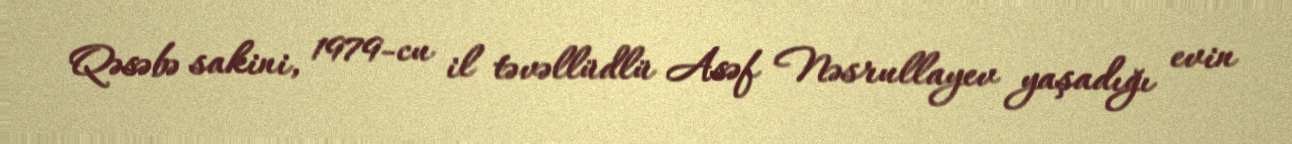
Qəsəbə sakini, 1979-cu il təvəllüdlü Asəf Nəsrullayev yaşadığı evin